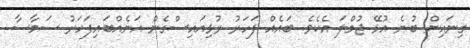
ގިނައިން ބުނެ އުޅޭ ޖުމްލަ އެކެވެ. ބައެއް ފަހަރު ރުޅިއައިސްގެން އަނެއްބައިފަހަރު ސަމާސާ